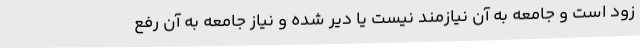
زود است و جامعه به آن نیازمند نیست یا دیر شده و نیاز جامعه به آن رفع